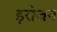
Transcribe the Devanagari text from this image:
इरोजन